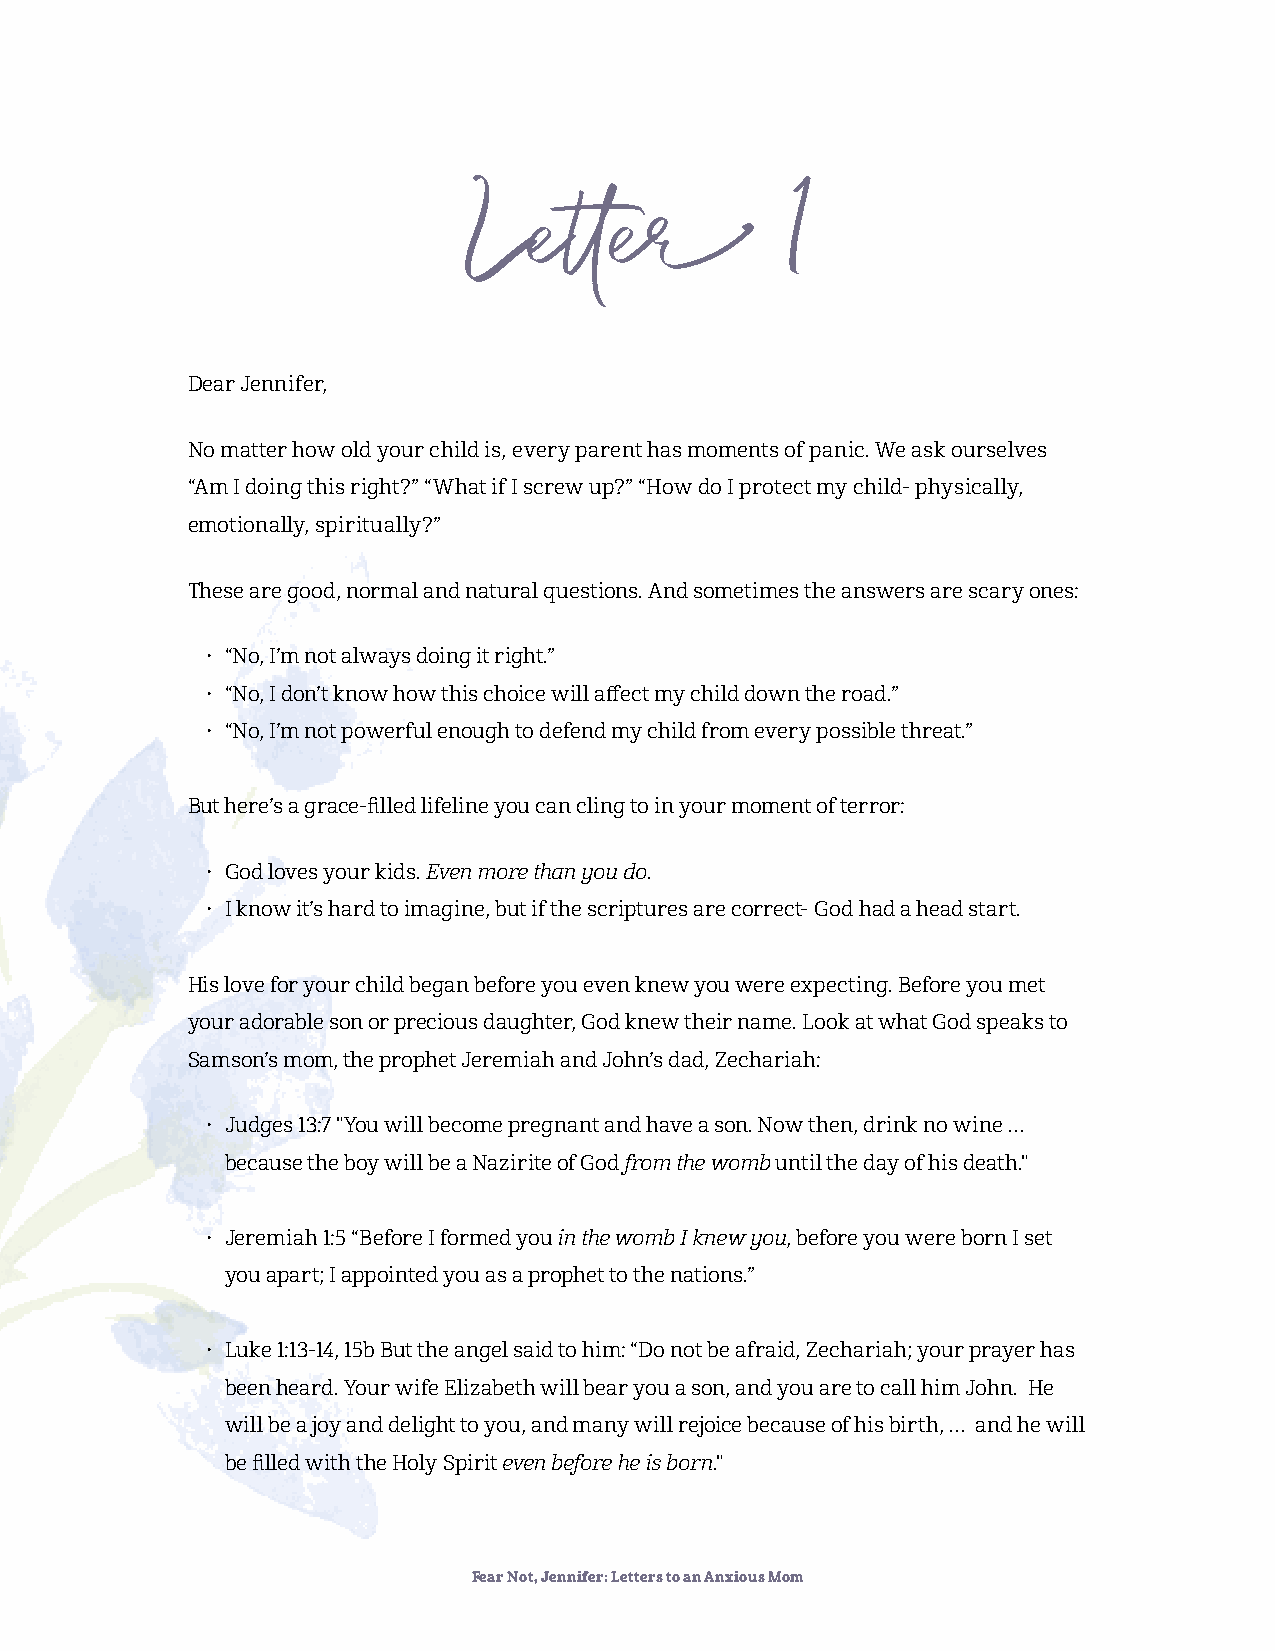
Letter               1
 Dear Jennifer,
 No matter how old your child is, every parent has moments of panic. We ask ourselves
 “Am I doing this right?” “What if I screw up?” “How do I protect my child- physically,
 emotionally, spiritually?”
 These are good, normal and natural questions. And sometimes the answers are scary ones:
 • “No, I’m not always doing it right.”
 • “No, I don’t know how this choice will affect my child down the road.”
 • “No, I’m not powerful enough to defend my child from every possible threat.”
 But here’s a grace-filled lifeline you can cling to in your moment of terror:
 • God loves your kids. Even more than you do.
 • I know it’s hard to imagine, but if the scriptures are correct- God had a head start.
 His love for your child began before you even knew you were expecting. Before you met
 your adorable son or precious daughter, God knew their name. Look at what God speaks to
 Samson’s mom, the prophet Jeremiah and John’s dad, Zechariah:
 • Judges 13:7 "You will become pregnant and have a son. Now then, drink no wine …
 because the boy will be a Nazirite of God from the womb until the day of his death."
 • Jeremiah 1:5 “Before I formed you in the womb I knew you, before you were born I set
 you apart; I appointed you as a prophet to the nations.”
 • Luke 1:13-14, 15b But the angel said to him: “Do not be afraid, Zechariah; your prayer has
 been heard. Your wife Elizabeth will bear you a son, and you are to call him John. He
 will be a joy and delight to you, and many will rejoice because of his birth, … and he will
 be filled with the Holy Spirit even before he is born."
 Fear Not, Jennifer: Letters to an Anxious Mom